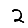
Digit: 2